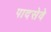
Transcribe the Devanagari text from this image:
पादसेवे